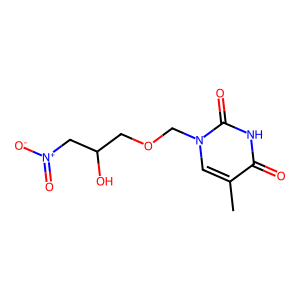
SMILES: Cc1cn(COCC(O)C[N+](=O)[O-])c(=O)[nH]c1=O
Inhibits HIV replication: No